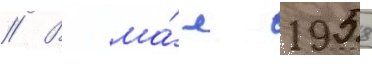
// В ма́е 1958